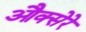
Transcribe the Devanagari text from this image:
औक्सेरे